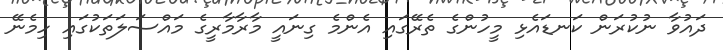
ދައުވާ ނުކުރަން ކަނޑައެޅި މީހުންގެ ތެރޭގައި އެންމެ ގިނައީ މާރާމާރީގެ މައްސަލަތަކުގައި ހިމެނޭ